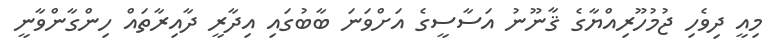
މިއީ ދިވެހި ޖުމުހޫރިއްޔާގެ ޤާނޫނު އަސާސީގެ އަށްވަނަ ބާބުގައި އިދާރީ ދާއިރާތައް ހިންގާންވާނީ